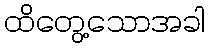
ထိတွေ့သောအခါ